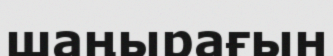
шаңырағын